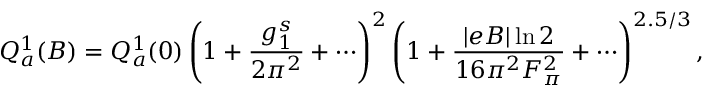
{ \cal Q } _ { a } ^ { 1 } ( B ) = { \cal Q } _ { a } ^ { 1 } ( 0 ) \left( 1 + { \frac { g _ { 1 } ^ { s } } { 2 \pi ^ { 2 } } } + \cdots \right) ^ { 2 } \left( 1 + { \frac { \left| e B \right| \ln 2 } { 1 6 \pi ^ { 2 } F _ { \pi } ^ { 2 } } } + \cdots \right) ^ { 2 . 5 / 3 } ,